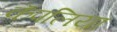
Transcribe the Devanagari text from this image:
कॅपलिया